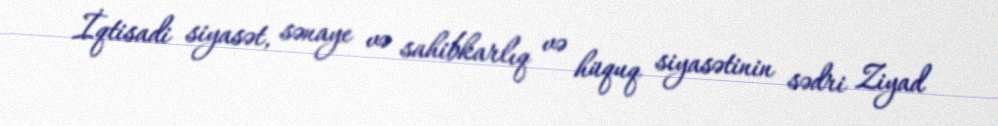
İqtisadi siyasət, sənaye və sahibkarlıq və hüquq siyasətinin sədri Ziyad